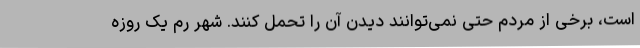
است، برخی از مردم حتی نمی‌توانند دیدن آن را تحمل کنند. شهر رم یک روزه